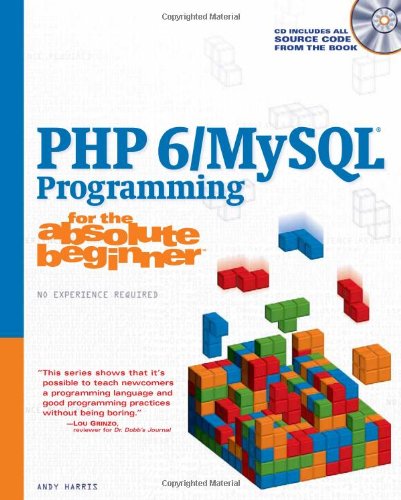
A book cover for PHP 6/MySQL Programming for the Absolute Beginner; Andrew B. Harris; Computers & Technology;